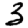
Digit: 3